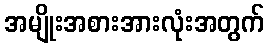
အမျိုးအစားအားလုံးအတွက်